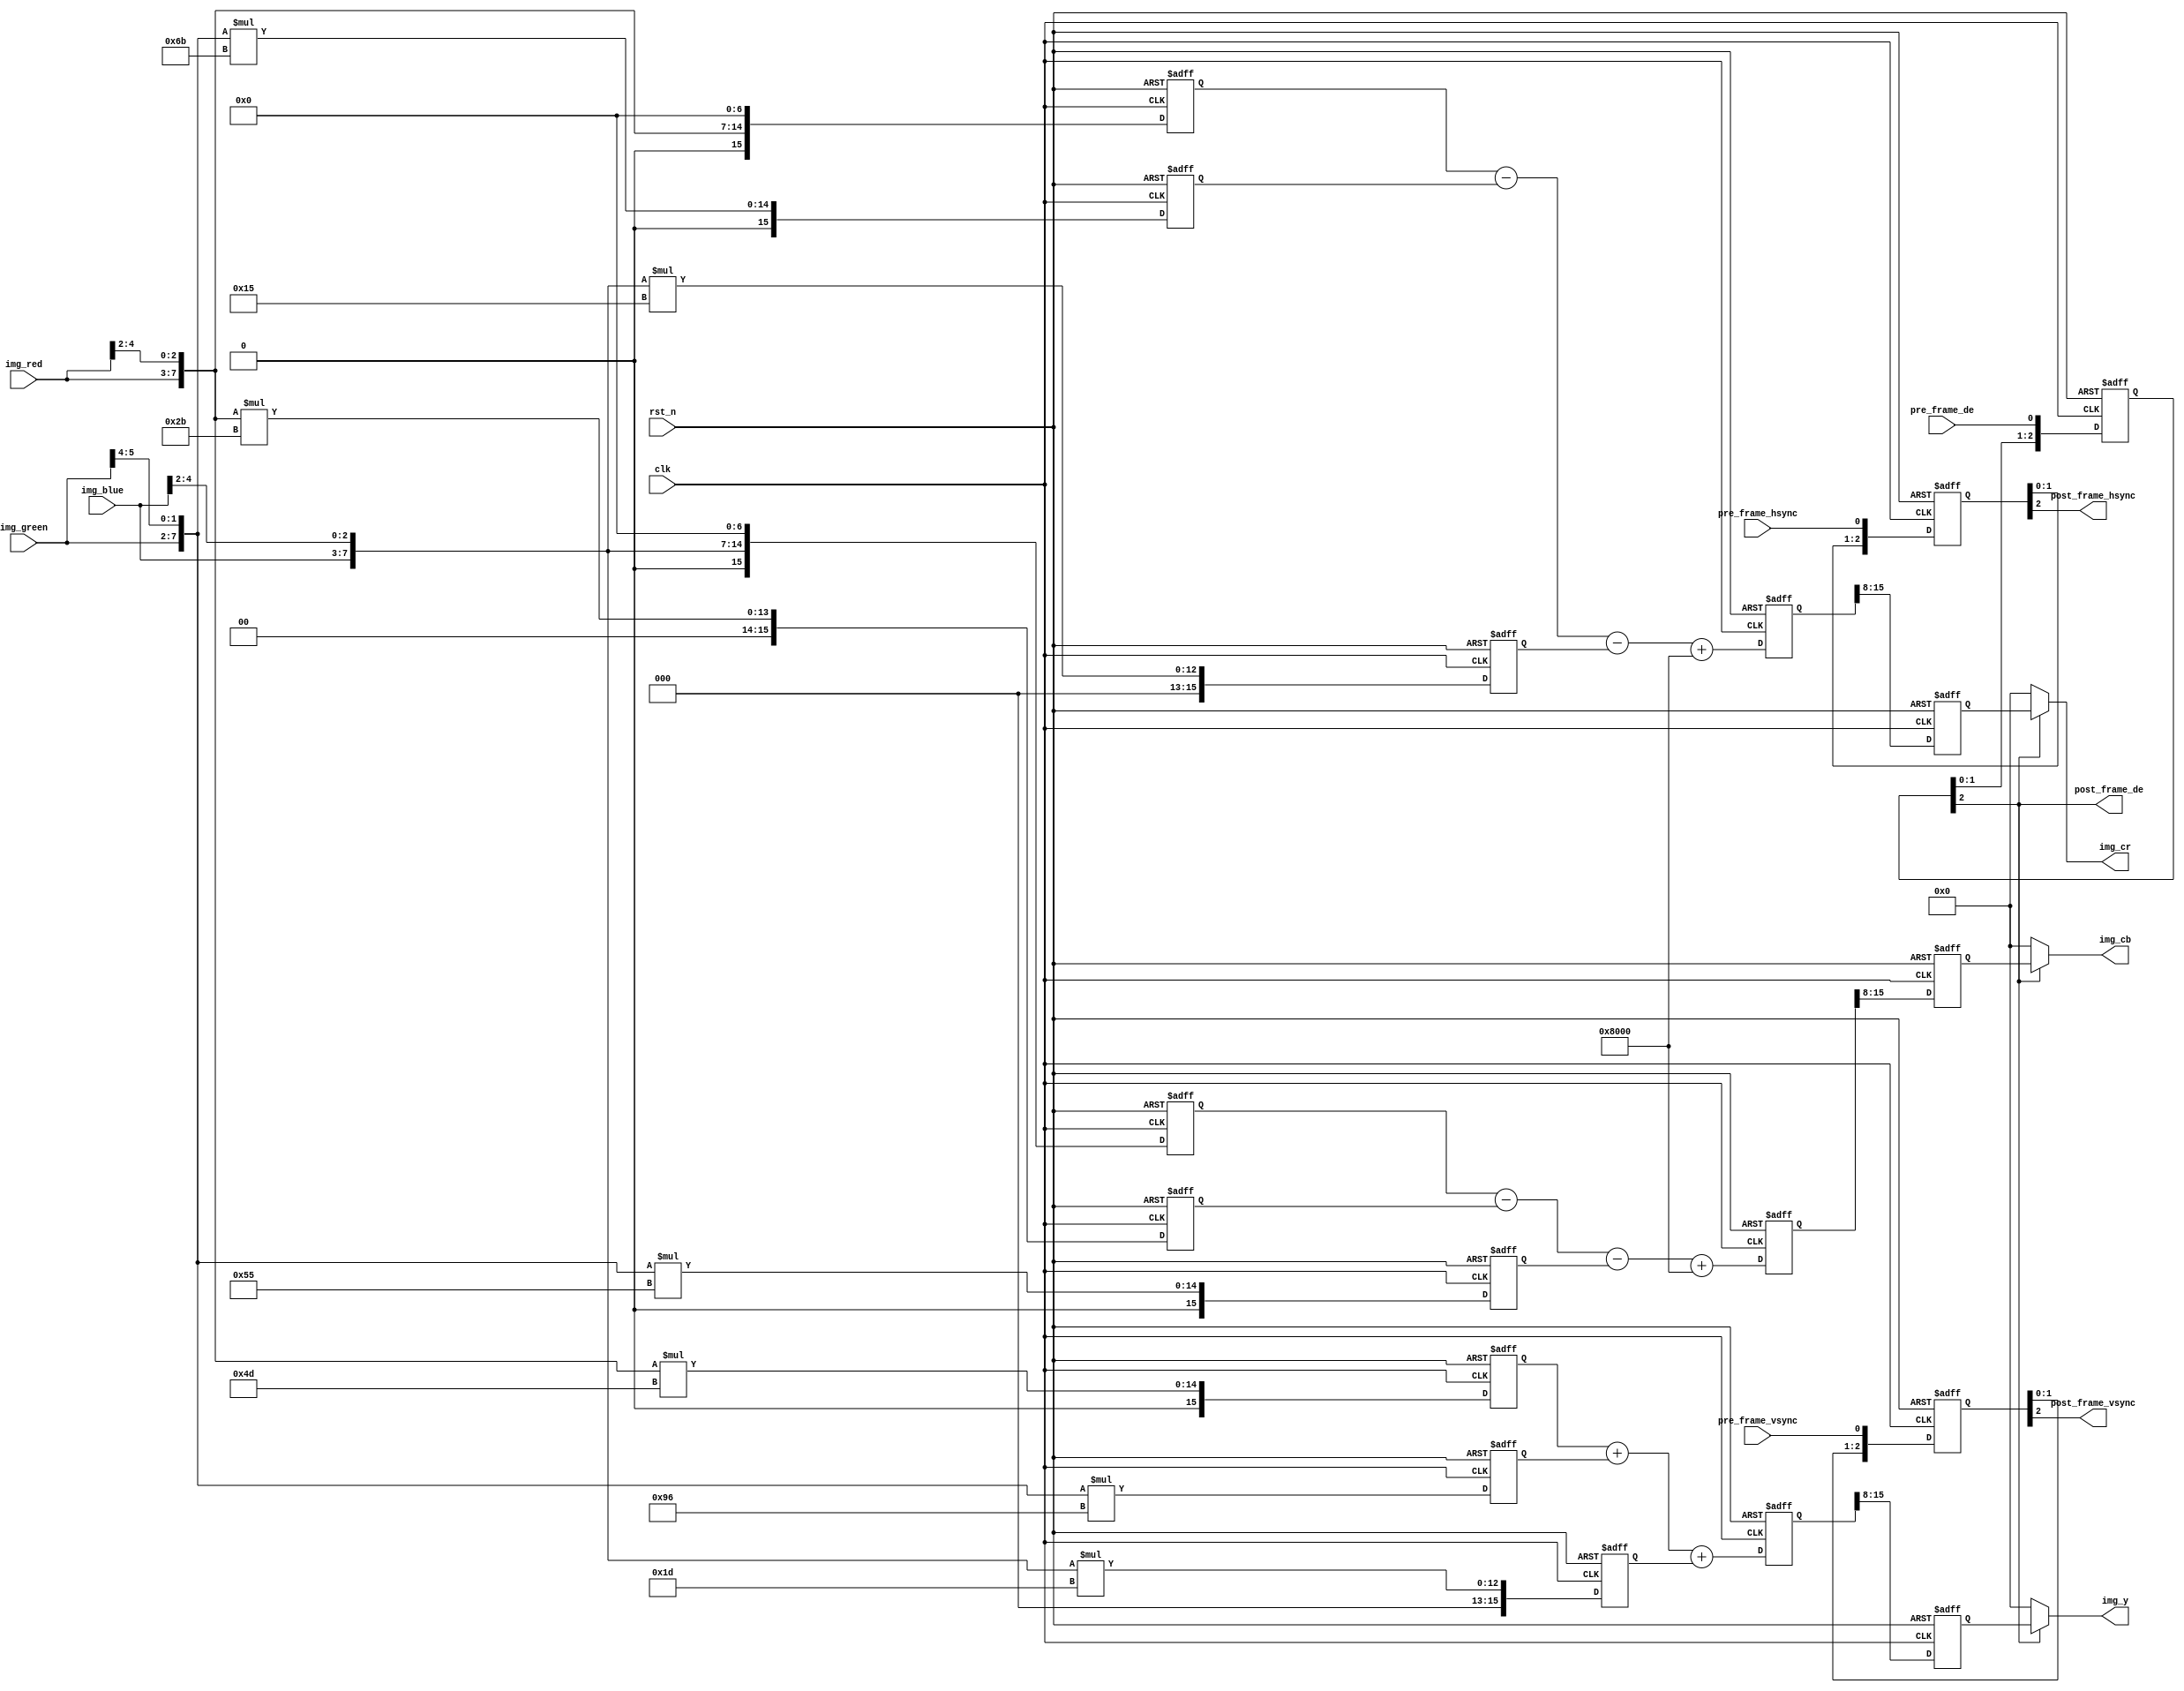

module rgb2ycbcr
(
    //module clock
    input               clk             ,   // 
    input               rst_n           ,   // 

    //
    input               pre_frame_vsync ,   // vsync
    input               pre_frame_hsync ,   // hsync
    input               pre_frame_de    ,   // data enable
    input       [4:0]   img_red         ,   // R
    input       [5:0]   img_green       ,   // G
    input       [4:0]   img_blue        ,   // B

    //
    output              post_frame_vsync,   // vsync
    output              post_frame_hsync,   // hsync
    output              post_frame_de   ,   // data enable
    output      [7:0]   img_y           ,   // Y
    output      [7:0]   img_cb          ,   // Cb
    output      [7:0]   img_cr              // Cr
);

//reg define
reg  [15:0]   rgb_r_m0, rgb_r_m1, rgb_r_m2;
reg  [15:0]   rgb_g_m0, rgb_g_m1, rgb_g_m2;
reg  [15:0]   rgb_b_m0, rgb_b_m1, rgb_b_m2;
reg  [15:0]   img_y0 ;
reg  [15:0]   img_cb0;
reg  [15:0]   img_cr0;
reg  [ 7:0]   img_y1 ;
reg  [ 7:0]   img_cb1;
reg  [ 7:0]   img_cr1;
reg  [ 2:0]   pre_frame_vsync_d;
reg  [ 2:0]   pre_frame_hsync_d;
reg  [ 2:0]   pre_frame_de_d   ;

//wire define
wire [ 7:0]   rgb888_r;
wire [ 7:0]   rgb888_g;
wire [ 7:0]   rgb888_b;

//*****************************************************
//**                    main code
//*****************************************************

//RGB565 to RGB 888
assign rgb888_r         = {img_red  , img_red[4:2]  };
assign rgb888_g         = {img_green, img_green[5:4]};
assign rgb888_b         = {img_blue , img_blue[4:2] };
//
assign post_frame_vsync = pre_frame_vsync_d[2]      ;
assign post_frame_hsync = pre_frame_hsync_d[2]      ;
assign post_frame_de    = pre_frame_de_d[2]         ;
//assign img_y            = post_frame_hsync ? img_y1 : 8'd0;
//assign img_cb           = post_frame_hsync ? img_cb1: 8'd0;
//assign img_cr           = post_frame_hsync ? img_cr1: 8'd0;
assign img_y            = post_frame_de ? img_y1 : 8'd0;
assign img_cb           = post_frame_de ? img_cb1: 8'd0;
assign img_cr           = post_frame_de ? img_cr1: 8'd0;

//--------------------------------------------
//RGB 888 to YCbCr

/********************************************************
            RGB888 to YCbCr
 Y  = 0.299R +0.587G + 0.114B
 Cb = 0.568(B-Y) + 128 = -0.172R-0.339G + 0.511B + 128
 CR = 0.713(R-Y) + 128 = 0.511R-0.428G -0.083B + 128

 Y  = (77 *R    +    150*G    +    29 *B)>>8
 Cb = (-43*R    -    85 *G    +    128*B)>>8 + 128
 Cr = (128*R    -    107*G    -    21 *B)>>8 + 128

 Y  = (77 *R    +    150*G    +    29 *B        )>>8
 Cb = (-43*R    -    85 *G    +    128*B + 32768)>>8
 Cr = (128*R    -    107*G    -    21 *B + 32768)>>8
*********************************************************/

//step1 pipeline mult
always @(posedge clk or negedge rst_n) begin
    if(!rst_n) begin
        rgb_r_m0 <= 16'd0;
        rgb_r_m1 <= 16'd0;
        rgb_r_m2 <= 16'd0;
        rgb_g_m0 <= 16'd0;
        rgb_g_m1 <= 16'd0;
        rgb_g_m2 <= 16'd0;
        rgb_b_m0 <= 16'd0;
        rgb_b_m1 <= 16'd0;
        rgb_b_m2 <= 16'd0;
    end
    else begin
        rgb_r_m0 <= rgb888_r * 8'd77 ;
        rgb_r_m1 <= rgb888_r * 8'd43 ;
        rgb_r_m2 <= rgb888_r << 3'd7 ;
        rgb_g_m0 <= rgb888_g * 8'd150;
        rgb_g_m1 <= rgb888_g * 8'd85 ;
        rgb_g_m2 <= rgb888_g * 8'd107;
        rgb_b_m0 <= rgb888_b * 8'd29 ;
        rgb_b_m1 <= rgb888_b << 3'd7 ;
        rgb_b_m2 <= rgb888_b * 8'd21 ;
    end
end

//step2 pipeline add
always @(posedge clk or negedge rst_n) begin
    if(!rst_n) begin
        img_y0  <= 16'd0;
        img_cb0 <= 16'd0;
        img_cr0 <= 16'd0;
    end
    else begin
        img_y0  <= rgb_r_m0 + rgb_g_m0 + rgb_b_m0;
        img_cb0 <= rgb_b_m1 - rgb_r_m1 - rgb_g_m1 + 16'd32768;
        img_cr0 <= rgb_r_m2 - rgb_g_m2 - rgb_b_m2 + 16'd32768;
    end

end

//step3 pipeline div
always @(posedge clk or negedge rst_n) begin
    if(!rst_n) begin
        img_y1  <= 8'd0;
        img_cb1 <= 8'd0;
        img_cr1 <= 8'd0;
    end
    else begin
        img_y1  <= img_y0 [15:8];
        img_cb1 <= img_cb0[15:8];
        img_cr1 <= img_cr0[15:8];
    end
end

//3
always@(posedge clk or negedge rst_n) begin
    if(!rst_n) begin
        pre_frame_vsync_d <= 3'd0;
        pre_frame_hsync_d <= 3'd0;
        pre_frame_de_d    <= 3'd0;
    end
    else begin
        pre_frame_vsync_d <= {pre_frame_vsync_d[1:0], pre_frame_vsync};
        pre_frame_hsync_d <= {pre_frame_hsync_d[1:0], pre_frame_hsync};
        pre_frame_de_d    <= {pre_frame_de_d[1:0]   , pre_frame_de   };
    end
end

endmodule